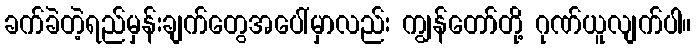
ခက်ခဲတဲ့ရည်မှန်းချက်တွေအပေါ်မှာလည်း ကျွန်တော်တို့ ဂုဏ်ယူလျက်ပါ။